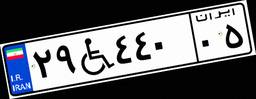
۲۹W۴۴۰۰۵